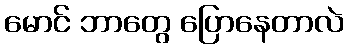
မောင် ဘာတွေ ပြောနေတာလဲ